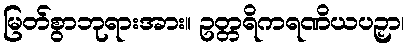
မြတ်စွာဘုရားအား။ ဥတ္တရိကရဏိယပဉှာ၊